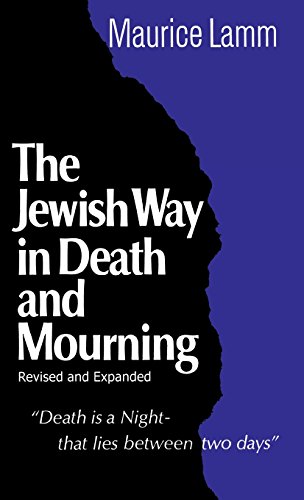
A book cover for The Jewish Way in Death and Mourning (Revised and Expanded Edition); Maurice Lamm; Religion & Spirituality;